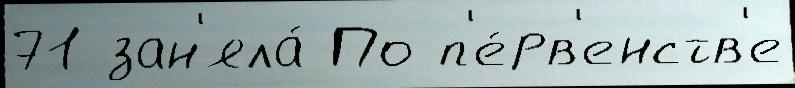
71 зан'яла́ По п'е́рв'енств'е